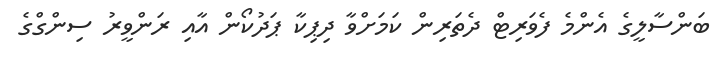
ބަންސާލީގެ އެންމެ ފެވަރިޓް ދެތަރިން ކަމަށްވާ ދިޕިކާ ޕަދުކޯން އާއި ރަންވީރު ސިންގްގެ